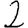
Digit: 2